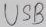
Text: USB